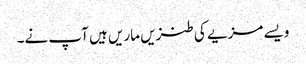
ویسے مزیے کی طنزیں ماریں ہیں آپ نے۔